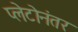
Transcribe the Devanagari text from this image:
प्लेटोनंतर